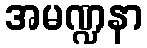
အမဏ္ဍနာ